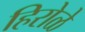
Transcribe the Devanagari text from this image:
हिरोळे